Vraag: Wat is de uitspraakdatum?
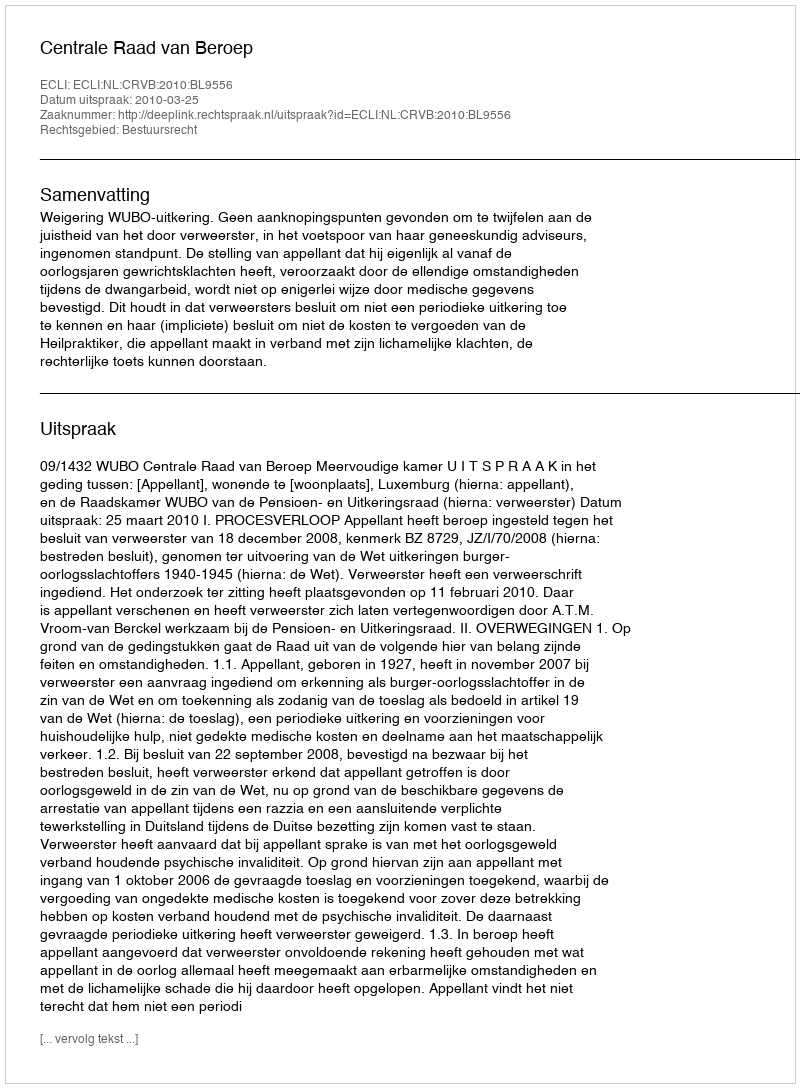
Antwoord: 2010-03-25